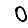
Digit: 0